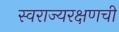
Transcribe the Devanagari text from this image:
स्वराज्यरक्षणची